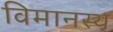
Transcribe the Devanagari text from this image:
विमानस्थ